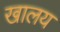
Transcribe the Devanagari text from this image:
खालय